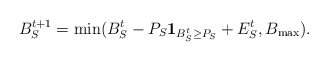
\begin{align*}B_{S}^{t+1} = \min ( B_{S}^{t} - P_{S} \mathbf{1}_{B_{S}^{t} \geq P_{S}} + E_{S}^{t}, B_{\max}).\end{align*}